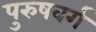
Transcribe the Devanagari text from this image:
पुरुषवर्ग